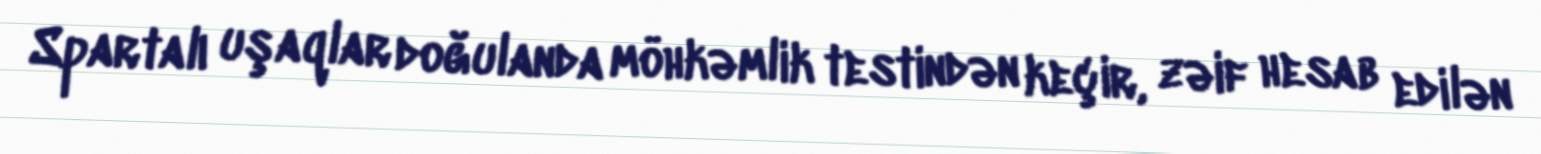
Spartalı uşaqlar doğulanda möhkəmlik testindən keçir, zəif hesab edilən